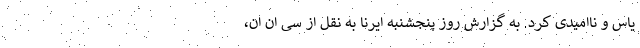
یاس و ناامیدی کرد. به گزارش روز پنجشنبه ایرنا به نقل از سی ان ان،